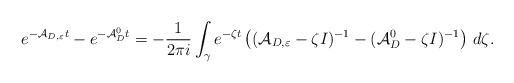
\begin{align*}e^{-\mathcal{A}_{D,\varepsilon}t}-e^{-\mathcal{A}_D^0t}=-\frac{1}{2\pi i}\int _\gamma e^{-\zeta t}\left((\mathcal{A}_{D,\varepsilon}-\zeta I)^{-1}-(\mathcal{A}_D^0-\zeta I)^{-1}\right)\,d\zeta .\end{align*}